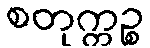
စတုက္ကဉ္စ